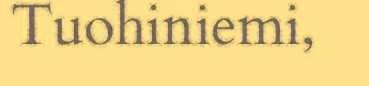
Tuohiniemi,